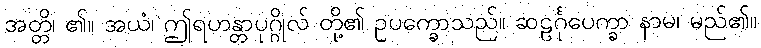
အတ္တိ၊ ၏။ အယံ၊ ဤရဟန္တာပုဂ္ဂိုလ် တို့၏ ဥပက္ခောသည်။ ဆဠင်္ဂုပေက္ခာ နာမ၊ မည်၏။